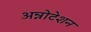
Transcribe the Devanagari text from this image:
अन्नोटेशन